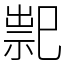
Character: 䄐